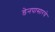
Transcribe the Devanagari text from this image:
डेनपासारचे